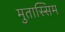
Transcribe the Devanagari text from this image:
मुतास्सिम